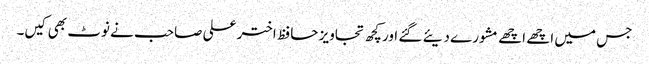
جس میں اچھے اچھے مشورے دیئے گئے اور کچھ تجاویز حافظ اختر علی صاحب نے نوٹ بھی کیں۔